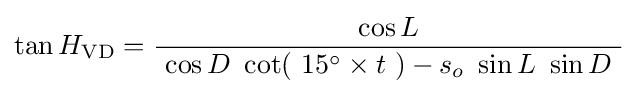
\tan H_{\text{VD}}={\frac {\cos L}{\ \cos D\ \cot(\ 15^{\circ }\times t\ )-s_{o}\ \sin L\ \sin D\ }}